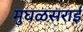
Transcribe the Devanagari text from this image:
मुघळसराई